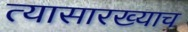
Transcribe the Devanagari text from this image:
त्यासारख्याच